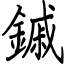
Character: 鏚